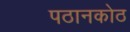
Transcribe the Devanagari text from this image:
पठानकोठ